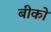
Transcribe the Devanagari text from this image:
बीको